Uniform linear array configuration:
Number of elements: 8
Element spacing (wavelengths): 0.25
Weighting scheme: blackman
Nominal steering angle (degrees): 0
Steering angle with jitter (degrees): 1.793
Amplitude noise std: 0.05
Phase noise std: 0.05

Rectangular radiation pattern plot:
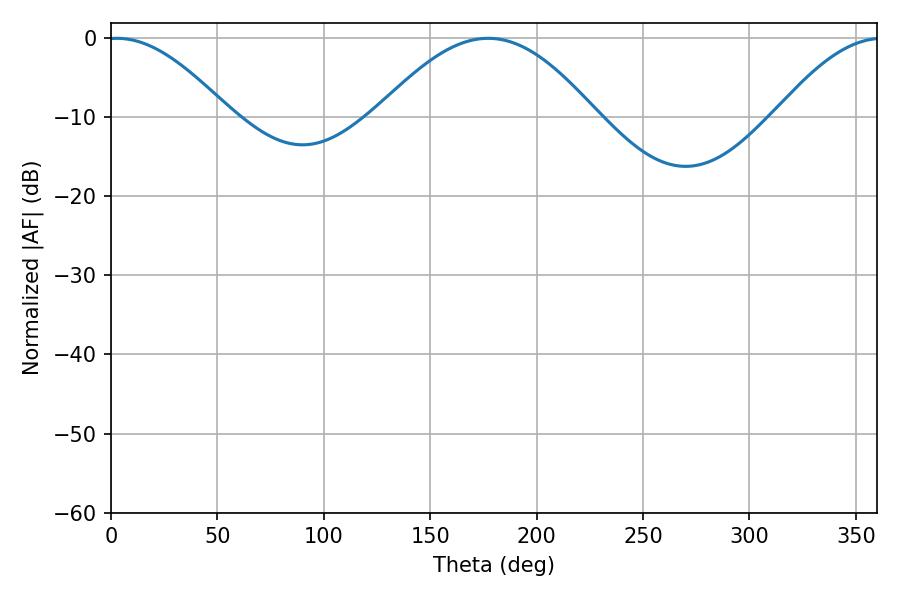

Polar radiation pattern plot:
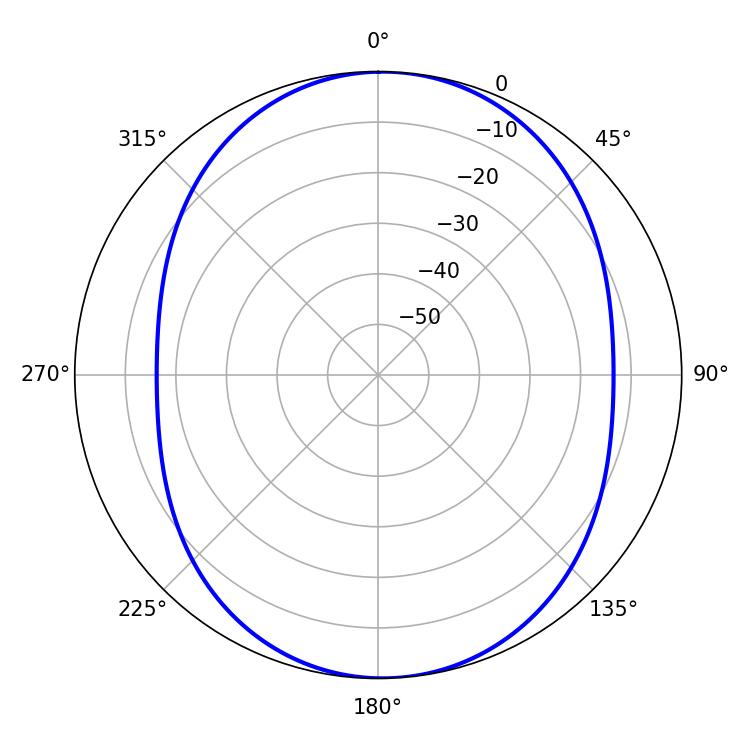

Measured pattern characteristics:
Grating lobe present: FALSE
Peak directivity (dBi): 11.898
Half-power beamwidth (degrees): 30.96
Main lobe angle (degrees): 2.7